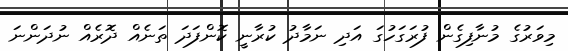
މިވަރުގެ މުނާފިގެން ފުރަގަހުގަ އަދި ނަމާދު ކުރާނީ ކޮންފަދަ ތަނެއް ދޮރެއް ނުދަންނަ